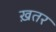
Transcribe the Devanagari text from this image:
ख़तर